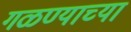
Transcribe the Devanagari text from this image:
गळण्याच्या